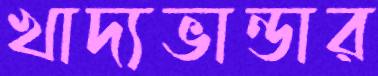
খাদ্যভান্ডার